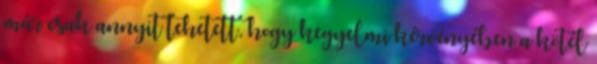
már csak annyit tehetett, hogy kegyelmi kérvényében a kötél